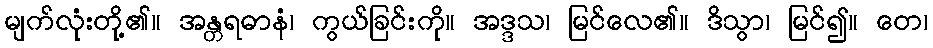
မျက်လုံးတို့၏။ အန္တရဓာနံ၊ ကွယ်ခြင်းကို။ အဒ္ဒသ၊ မြင်လေ၏။ ဒိသွာ၊ မြင်၍။ တေ၊